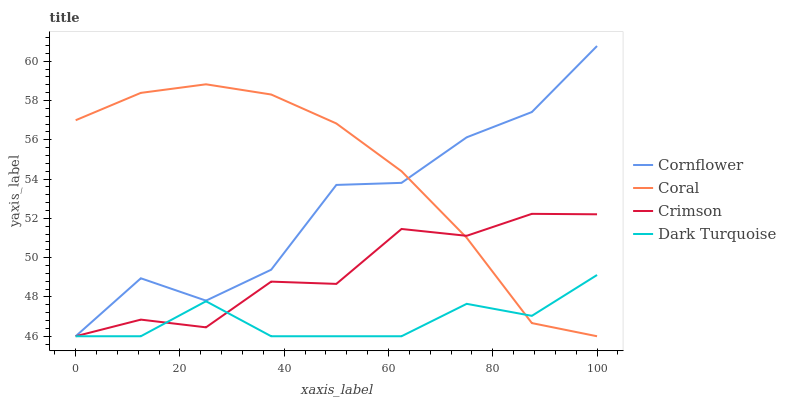
| xaxis_label | Cornflower | Coral | Crimson | Dark Turquoise |
 | --- | --- | --- | --- | --- |
 | 0 | 46 | 57 | 46 | 46 |
 | 12.5 | 49 | 58.4 | 46.8 | 46 |
 | 25 | 47.8 | 58.8 | 46.5 | 47.8 |
 | 37.5 | 49.4 | 58.3 | 48.8 | 46 |
 | 50 | 53.7 | 56.8 | 48.7 | 46 |
 | 62.5 | 53.8 | 54.4 | 51.5 | 46 |
 | 75 | 56.1 | 51 | 51.1 | 47.7 |
 | 87.5 | 57.4 | 46.7 | 52.2 | 47 |
 | 100 | 60.8 | 46 | 52.2 | 49.1 |